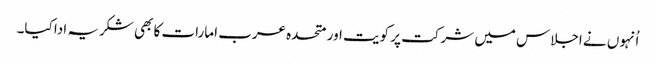
اُنہوں نے اجلاس میں شرکت پر کویت اور متحدہ عرب امارات کا بھی شکریہ ادا کیا۔